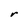
Character: r